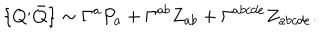
LaTeX: \{ Q ^ { , } \bar { Q } \} \sim \Gamma ^ { a } P _ { a } + \Gamma ^ { a b } Z _ { a b } + \Gamma ^ { a b c d e } Z _ { a b c d e } .